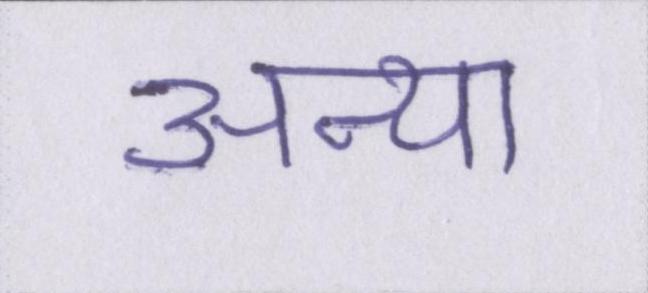
अन्या